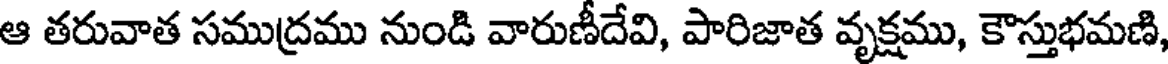
ఆ తరువాత సముద్రము నుండి వారుణీదేవి, పారిజాత వృక్షము, కౌస్తుభమణి,